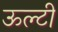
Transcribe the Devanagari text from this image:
ऊल्टी